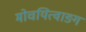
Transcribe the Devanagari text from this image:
मोचयित्वाङग